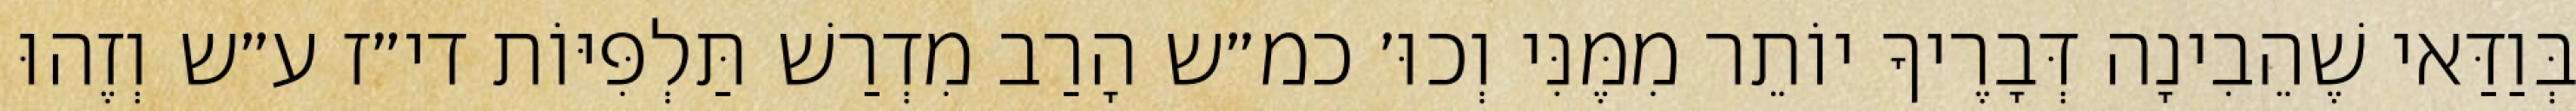
בְּוַדַּאי שֶׁהֵבִינָה דְּבָרֶיךָ יוֹתֵר מִמֶּנִּי וְכוּ׳ כמ״ש הָרַב מִדְרַשׁ תַּלְפִּיּוֹת די״ז ע״ש וְזֶהוּ